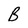
Character: B